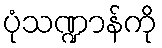
ပုံသဏ္ဍာန်ကို